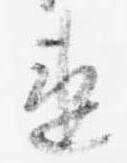
違